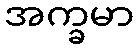
အက္ခမာ